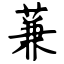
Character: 蒹